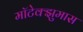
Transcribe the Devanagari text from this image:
मॉटेक्झुमास